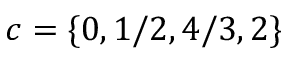
c = \lbrace 0 , 1 / 2 , 4 / 3 , 2 \rbrace